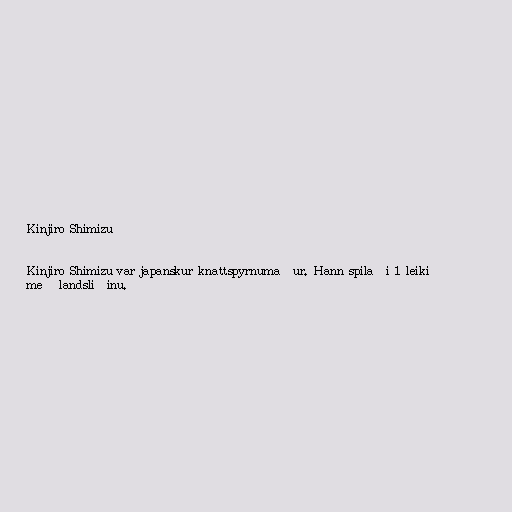
Kinjiro Shimizu

Kinjiro Shimizu var japanskur knattspyrnumaður. Hann spilaði 1 leiki
með landsliðinu.